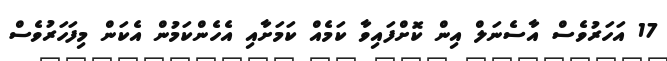
17 އަހަރުވެސް އާސެނަލް އިން ކޮށްފައިވާ ކަމެއް ކަމަށާއި އެހެންކަމުން އެކަން މިފަހަރުވެސް